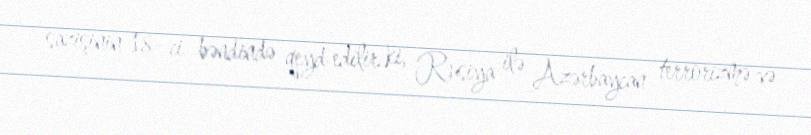
sazişinin 18- ci bəndində qeyd edilir ki, Rusiya ilə Azərbaycan terrorizmə və